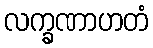
လက္ခဏာဟတံ